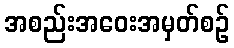
အစည်းအဝေးအမှတ်စဉ်